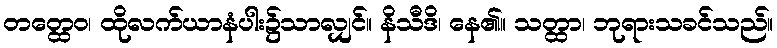
တတ္ထေဝ၊ ထိုလက်ယာနံပါး၌သာလျှင်။ နိသီဒိ၊ နေ၏။ သတ္ထာ၊ ဘုရားသခင်သည်။